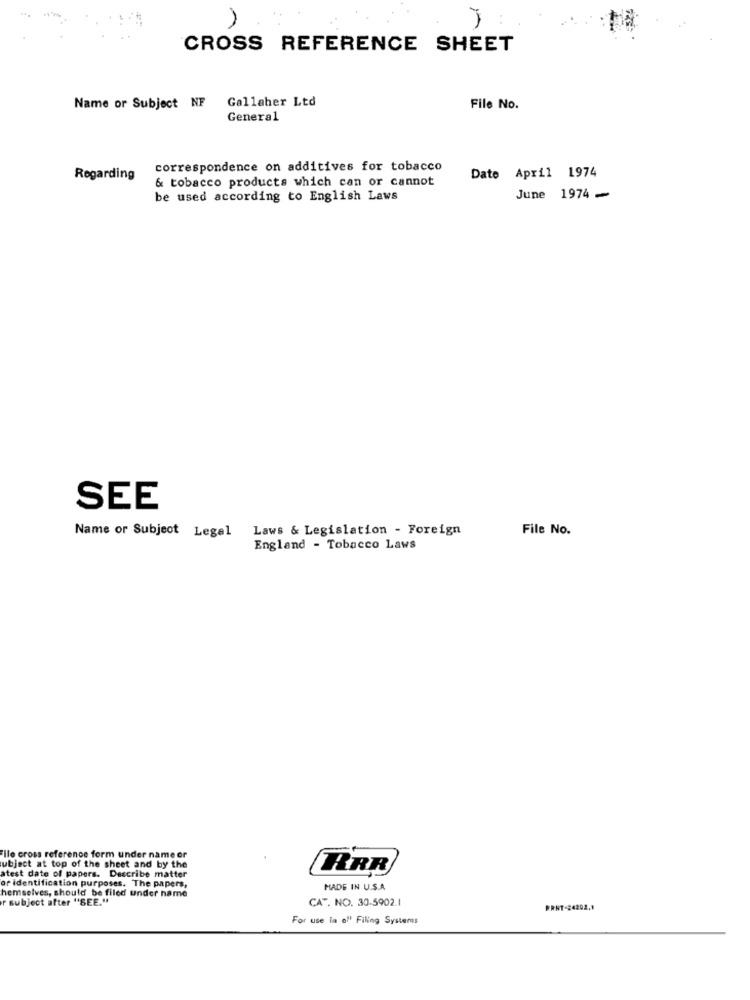
CROSS REFERENCE SHEET
Name or Subject NF Gallaher Ltd
File No.
General
correspondence on additives for tobacco
Date April 1974
Regarding
& tobacco products which can or cannot
be used according to English Laws
June 1974 -
SEE
Laws & Legislation - Foreign
File No.
Name or Subject Legel
England - Tobacco Laws
File cross reference form under name or
ubject at top of the sheet and by the
RRR
atest date of papers. Describe matter
or identification purposes. The papers,
hemselves, should be filed under hame
MADE IN U.S.A.
r subject after "SEE."
CAT. NO. 30-5902.1
PRNT-24202,1
For use in o'' Filing Systers